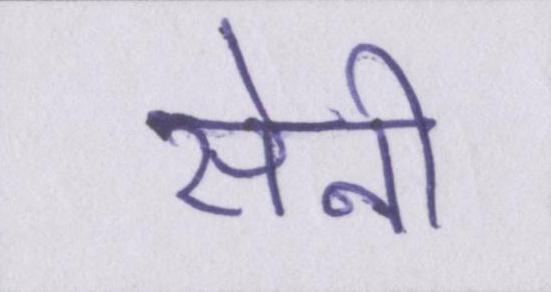
सेनी